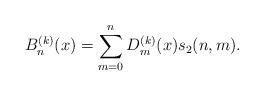
LaTeX: \begin{align*} B_n^{(k) } (x) = \sum_{m=0}^n D_m^{(k) } (x) s_2 (n,m).\end{align*}